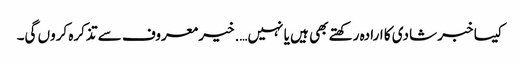
کیسا خبر شادی کا ارادہ رکھتے بھی ہیں یا نہیں….خیر معروف سے تذکرہ کروں گی۔